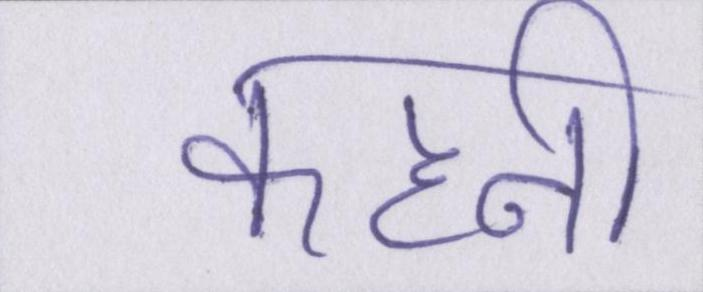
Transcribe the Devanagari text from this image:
कहनी